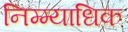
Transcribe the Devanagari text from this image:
निम्म्याधिक